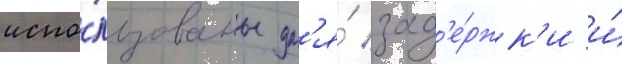
испо́льзованы дл'я́ зад'е́ржк'и и́